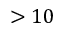
> 1 0